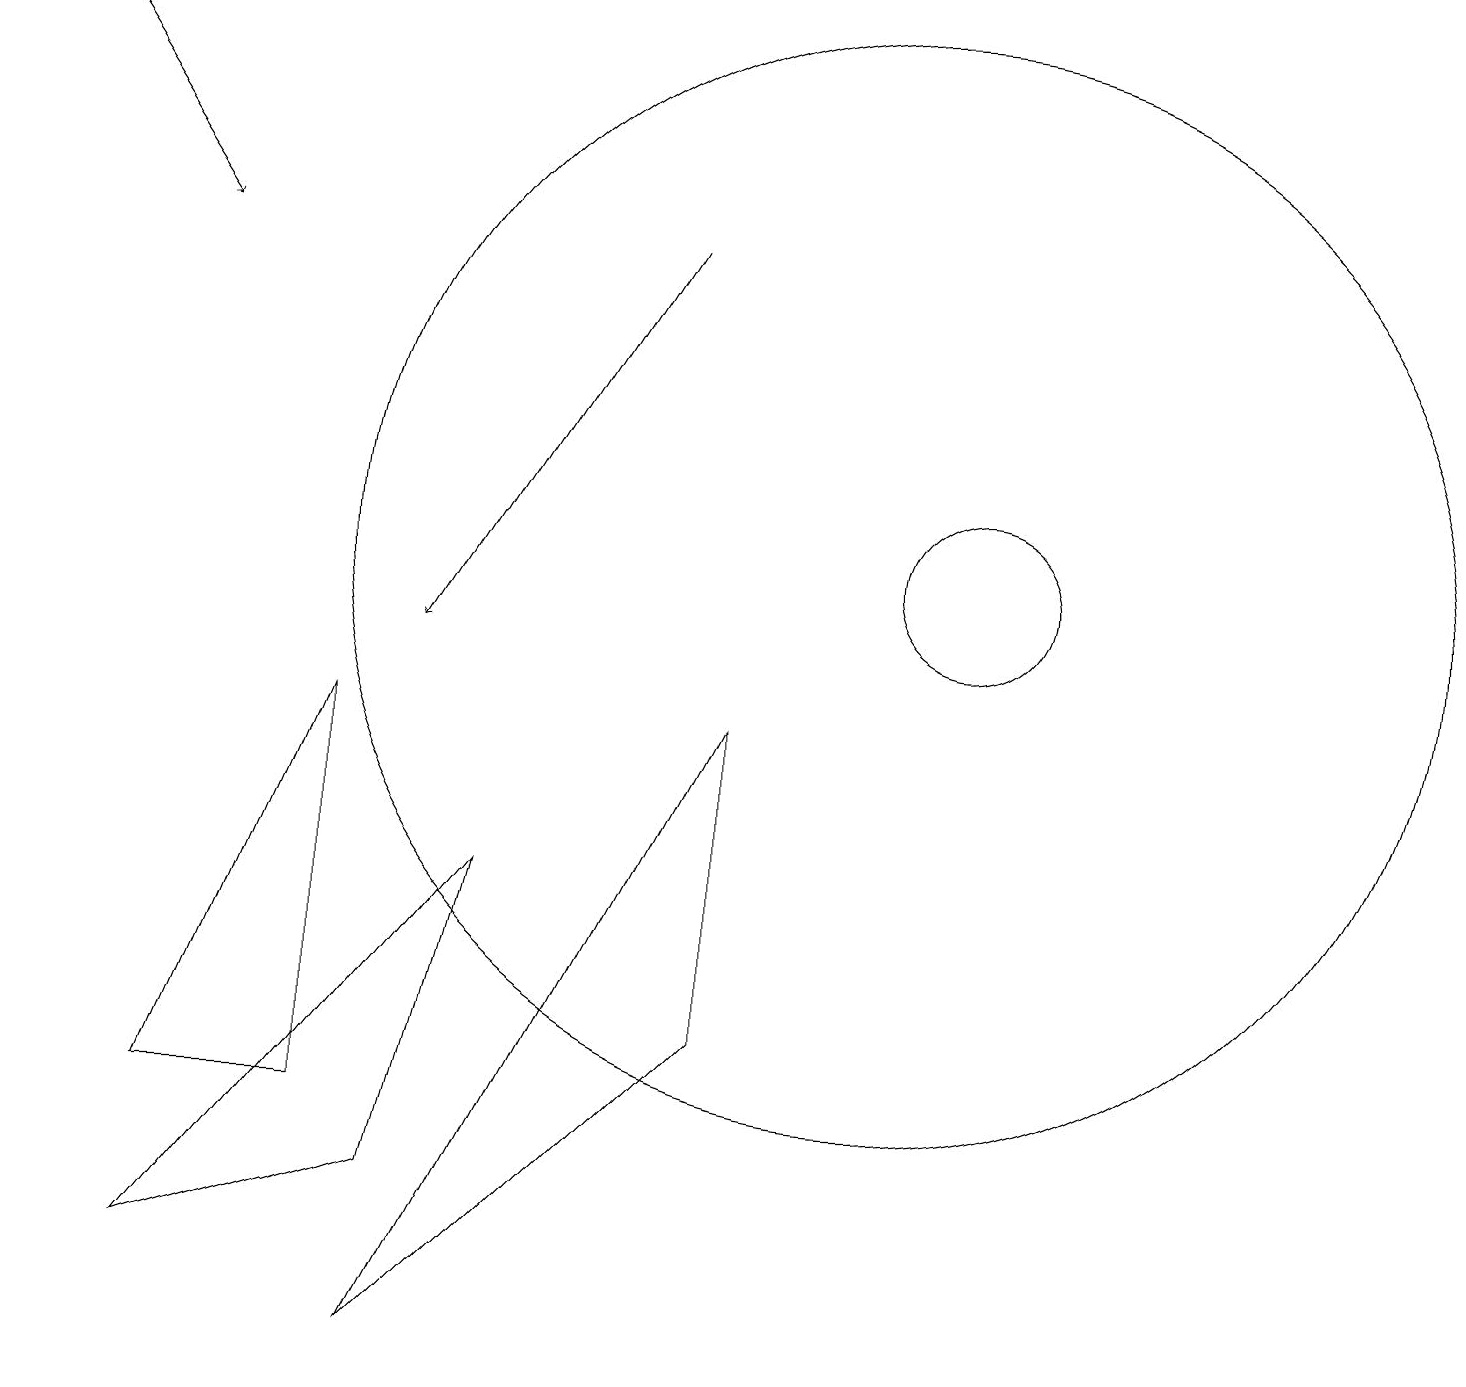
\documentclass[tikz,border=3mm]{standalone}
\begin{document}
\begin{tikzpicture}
\draw (9,9) -- (9,5) -- (5,1) -- cycle;
\draw (2,4) -- (4,9) -- (4,4) -- cycle;
\draw[->] (8,15) -- (5,10);
\draw (11,11) circle (7);
\draw (12,11) circle (1);
\draw[->] (0,18) -- (2,15);
\draw (5,3) -- (2,2) -- (6,7) -- cycle;
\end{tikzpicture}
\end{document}